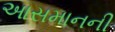
આસમાનની